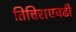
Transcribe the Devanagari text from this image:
तित्तिराएवढी